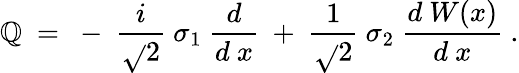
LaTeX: {\cal\mathbb{Q}}~=~-~{\frac{{i}}{{\sqrt{}{{2}}}}}~\sigma_{1}~{\frac{{d}}{{d~x}}}~+~{\frac{{1}}{{\sqrt{}{{2}}}}}~\sigma_{2}~{\frac{{d~W(x)}}{{d~x}}}~.